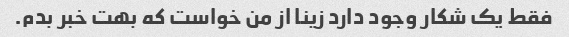
فقط یک شکار وجود دارد زینا از من خواست که بهت خبر بدم.